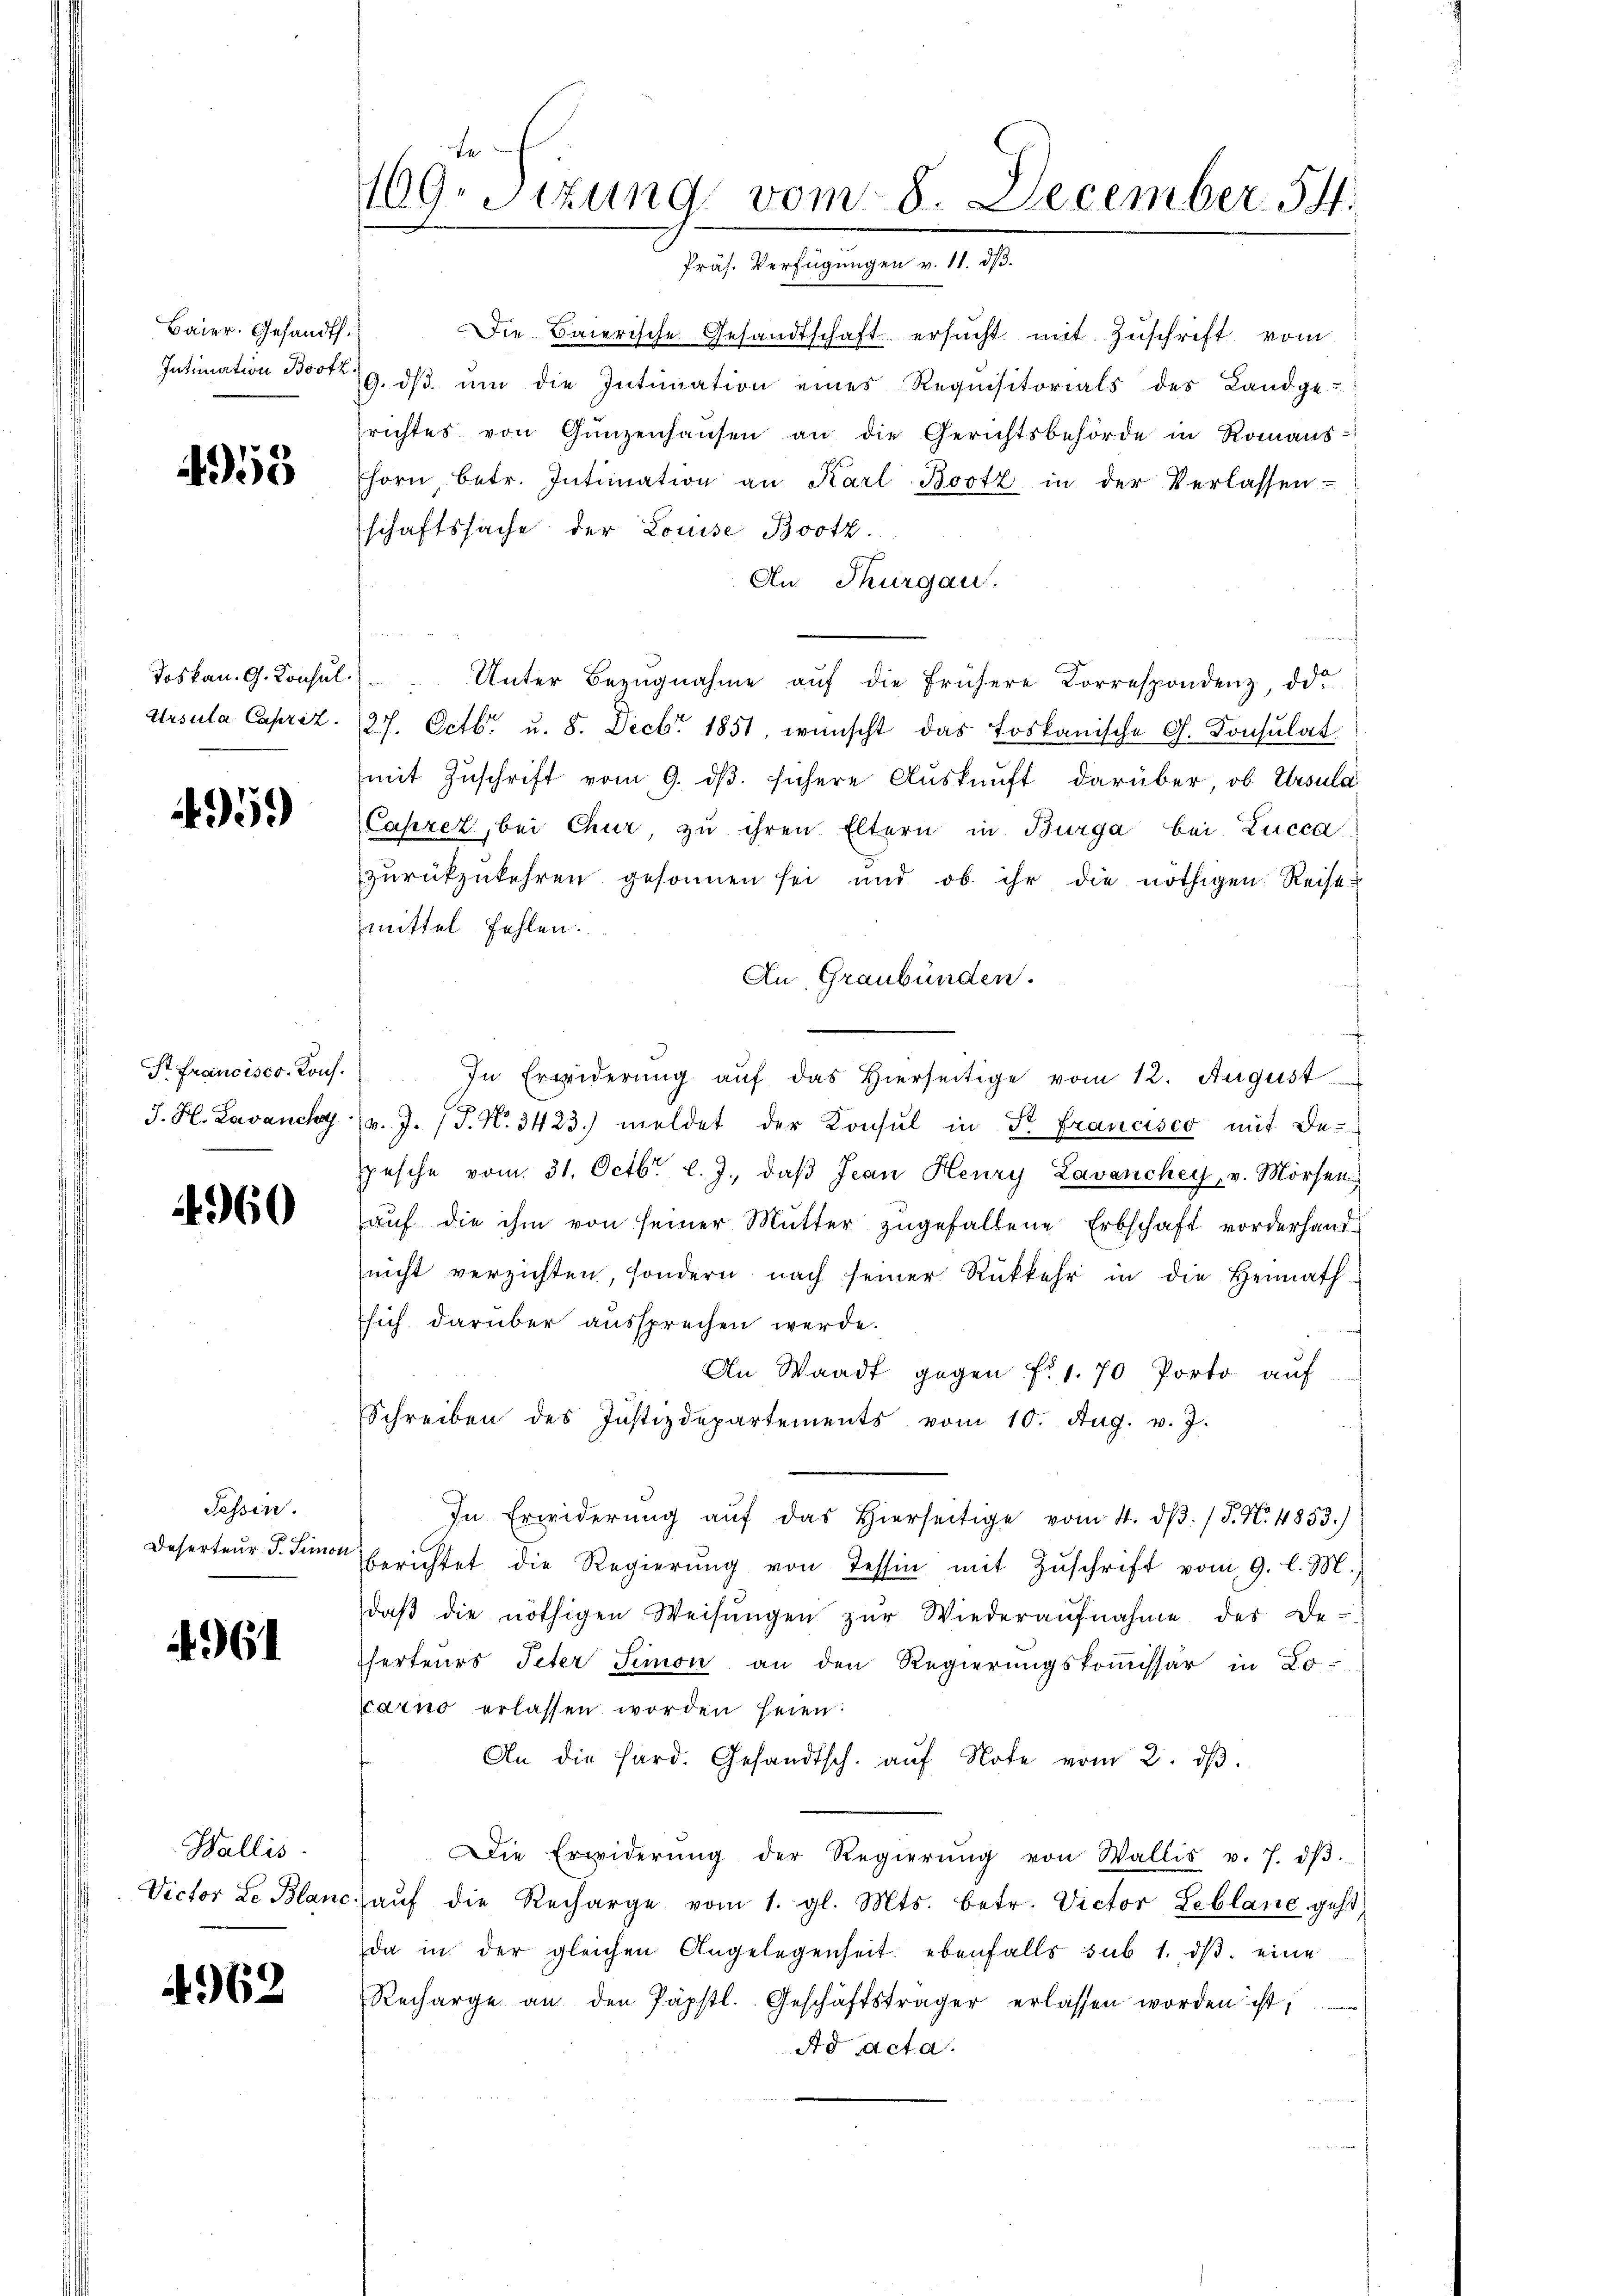
Baier. Gesandth.
Intimation Bootz

4955

Toskan. G. Konsul
Ursula Capriz

495.

St Francisco. Konf
J. H. Lavanche
.

i960

Tessin.
Deserteur. P. Simon

4961

Wallis
Victor Le Blanc

4962

169. Sizung vom 8. December. 54.
Präs. Verfügungen v. 11. ds.

Die Baierische Gesandtschaft ersucht mit Zuschrift vom
9. dβ ŭm die Intimation eines Requisitorials des Landge-
richtes von Ganzenhausen an die Gerichtsbehörde in Romans-
horn betr. Intimation an Karl Bootz in der Verlassen
schaftssache der Louise Brotz
An Thurgau.
Unter Bezŭgnahme aŭf die frühere Korrespondenz, de
27. Octbr. u. 8. Decbr 1851 wünscht das toskanische G. Konsulat
(mit Zuschrift vom 9. dβ. sichere Auskunft darüber ob Ursula
Caprez, bei Chur, zu ihren Eltern in Bürga bei Lucca
zŭrückzukehren gesonnen sei und ob ihr die nöthigen Reise
zmittel fehlen.
An Graubünden.
In Erwiderung aŭf das hierseitige vom 12. August
v. J. P. Nr. 3423. meldet der Konsul in Fr. Francisco mit depesche vom 31. Octbr. l. J., daβ Jean Henry Lavanchey, v. Mörsen
aŭf die ihm von seiner Mutter zugefallene Erbschaft vorderhandnicht verzichten, sondern nach seiner Rükkehr in die Heimath-
sich darüber aussprechen werde.
An Waadt gegen f. 1. 70 Porto auf
Schreiben des Justizdepartements vom 10. Aug. v. J.
In Erwiderŭng aŭf das hierseitige vom 4. dβ. / S. N. 4853.)
berichtet die Regierŭng von Tessin mit Zŭschrift vom 9. l. M.,
daβ die nöthigen Weisŭngen zŭr Wiederaŭfnahme des De-
ferteurs Peter Simon an den Regierungskommissär in Lo-
carno erlassen worden seien.
An die Hard. Gesandtsch. aŭf Note vom 2. dβ.
Die Erwiderŭng der Regierŭng von Wallis v. 7. dβ.
aŭf die Recharge vom 1. gl. Mts. betr. Victor Leblane geht
da in der gleichen Angelegenheit ebenfalls sub 1. dβ. eine
Recharge an den Päpstl. Geschäftsträger erlassen worden ist;
Ad Acta.